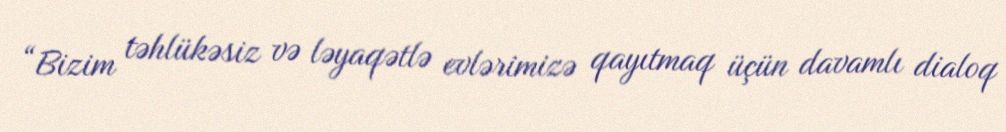
“Bizim təhlükəsiz və ləyaqətlə evlərimizə qayıtmaq üçün davamlı dialoq